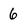
Character: 6